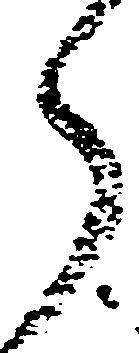
月